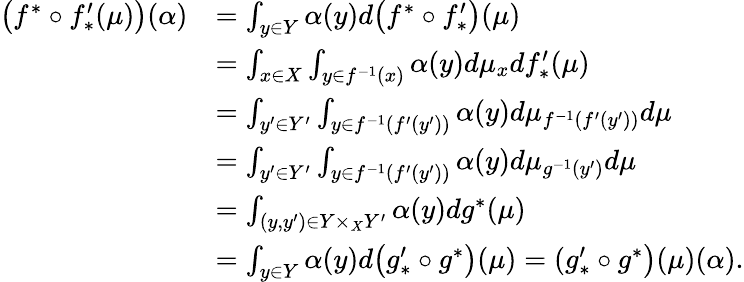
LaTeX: \begin{array}{rl}{\big(f^{*}\circ f_{*}^{\prime}(\mu)\big)(\alpha)}&{=\int_{y\in Y}\alpha(y)d\big(f^{*}\circ f_{*}^{\prime}\big)(\mu)}\\ &{=\int_{x\in X}\int_{y\in f^{-1}(x)}\alpha(y)d\mu_{x}df_{*}^{\prime}(\mu)}\\ &{=\int_{y^{\prime}\in Y^{\prime}}\int_{y\in f^{-1}(f^{\prime}(y^{\prime}))}\alpha(y)d\mu_{f^{-1}(f^{\prime}(y^{\prime}))}d\mu}\\ &{=\int_{y^{\prime}\in Y^{\prime}}\int_{y\in f^{-1}(f^{\prime}(y^{\prime}))}\alpha(y)d\mu_{g^{-1}(y^{\prime})}d\mu}\\ &{=\int_{(y,y^{\prime})\in Y\times_{X}Y^{\prime}}\alpha(y)dg^{*}(\mu)}\\ &{=\int_{y\in Y}\alpha(y)d\big(g_{*}^{\prime}\circ g^{*}\big)(\mu)=(g_{*}^{\prime}\circ g^{*}\big)(\mu)(\alpha).}\end{array}